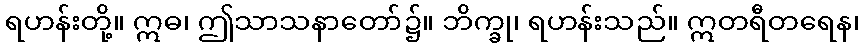
ရဟန်းတို့။ ဣဓ၊ ဤသာသနာတော်၌။ ဘိက္ခု၊ ရဟန်းသည်။ ဣတရီတရေန၊